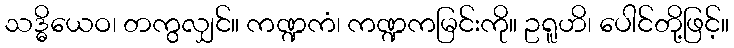
သဒ္ဓိယေဝ၊ တကွလျှင်။ ကဏ္ဍကံ၊ ကဏ္ဍကမြင်းကို။ ဥရူဟိ၊ ပေါင်တို့ဖြင့်။